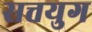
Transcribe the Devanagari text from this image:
सत्तयुग